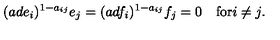
( a d e _ { i } ) ^ { 1 - a _ { i j } } e _ { j } = ( a d f _ { i } ) ^ { 1 - a _ { i j } } f _ { j } = 0 \quad \mathrm { f o r } i \neq j .